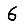
Digit: 6